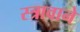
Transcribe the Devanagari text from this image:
स्त्रावाने